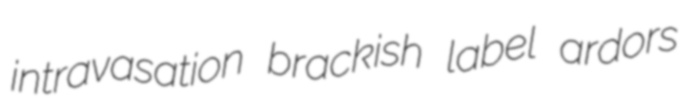
intravasation brackish label ardors